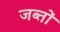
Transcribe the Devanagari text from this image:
जब्तों